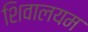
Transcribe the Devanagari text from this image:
शिवालयम